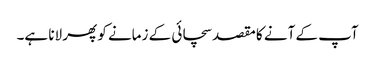
آپ کے آنے کا مقصد سچائی کے زمانے کو پھر لانا ہے۔